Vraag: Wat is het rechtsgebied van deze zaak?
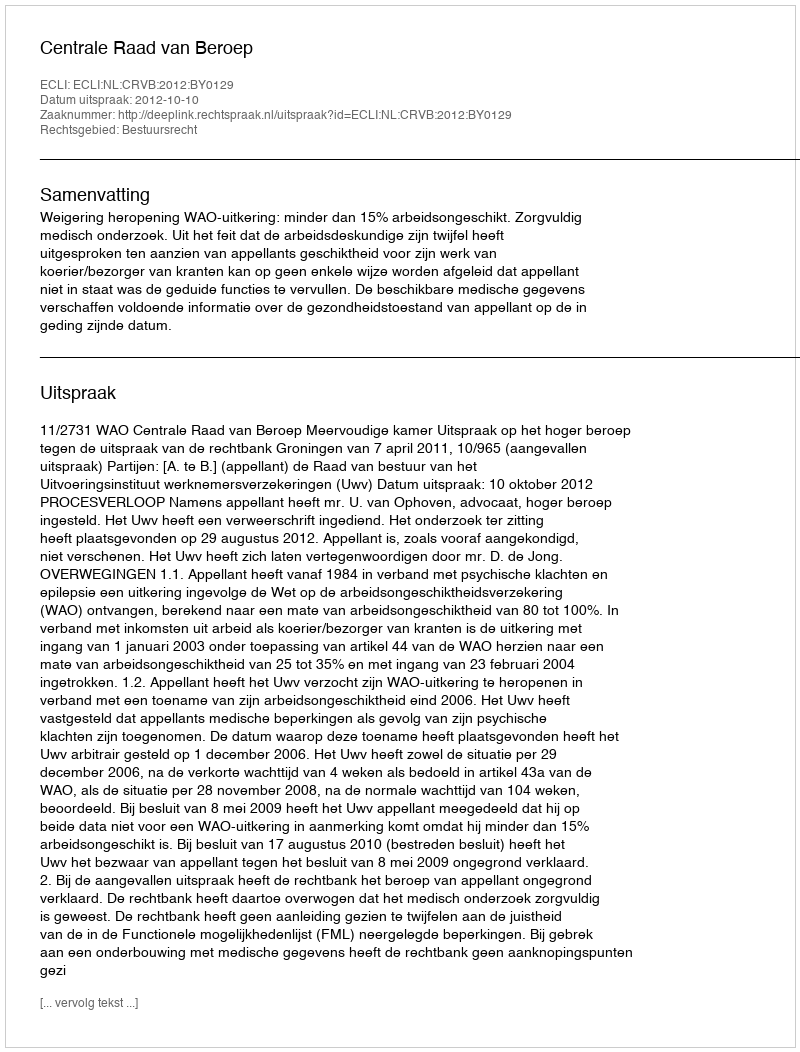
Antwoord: Bestuursrecht